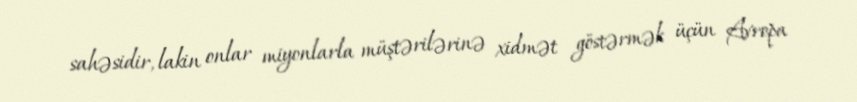
sahəsidir, lakin onlar miyonlarla müştərilərinə xidmət göstərmək üçün Avropa